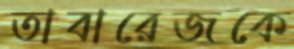
তাবারেজকে